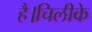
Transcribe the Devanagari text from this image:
है।चिलीके